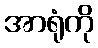
အာရုံကို